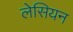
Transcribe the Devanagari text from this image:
लेसियन